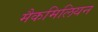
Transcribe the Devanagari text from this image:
मैकमिलियन